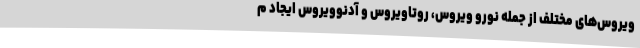
ویروس‌های مختلف از جمله نورو ویروس، روتاویروس و آدنوویروس ایجاد م